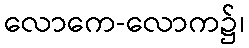
လောကေ-လောက၌၊